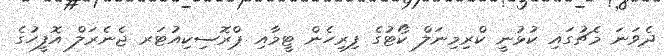
ދެވަނަ މެޗުގައި ކުޅުނީ ކްރިމިނަލް ކޯޓުގެ ފިރިހެން ޓީމާއި ޕްރޮސިކިއުޓަރ ޖެނެރަލް އޮފީހުގެ